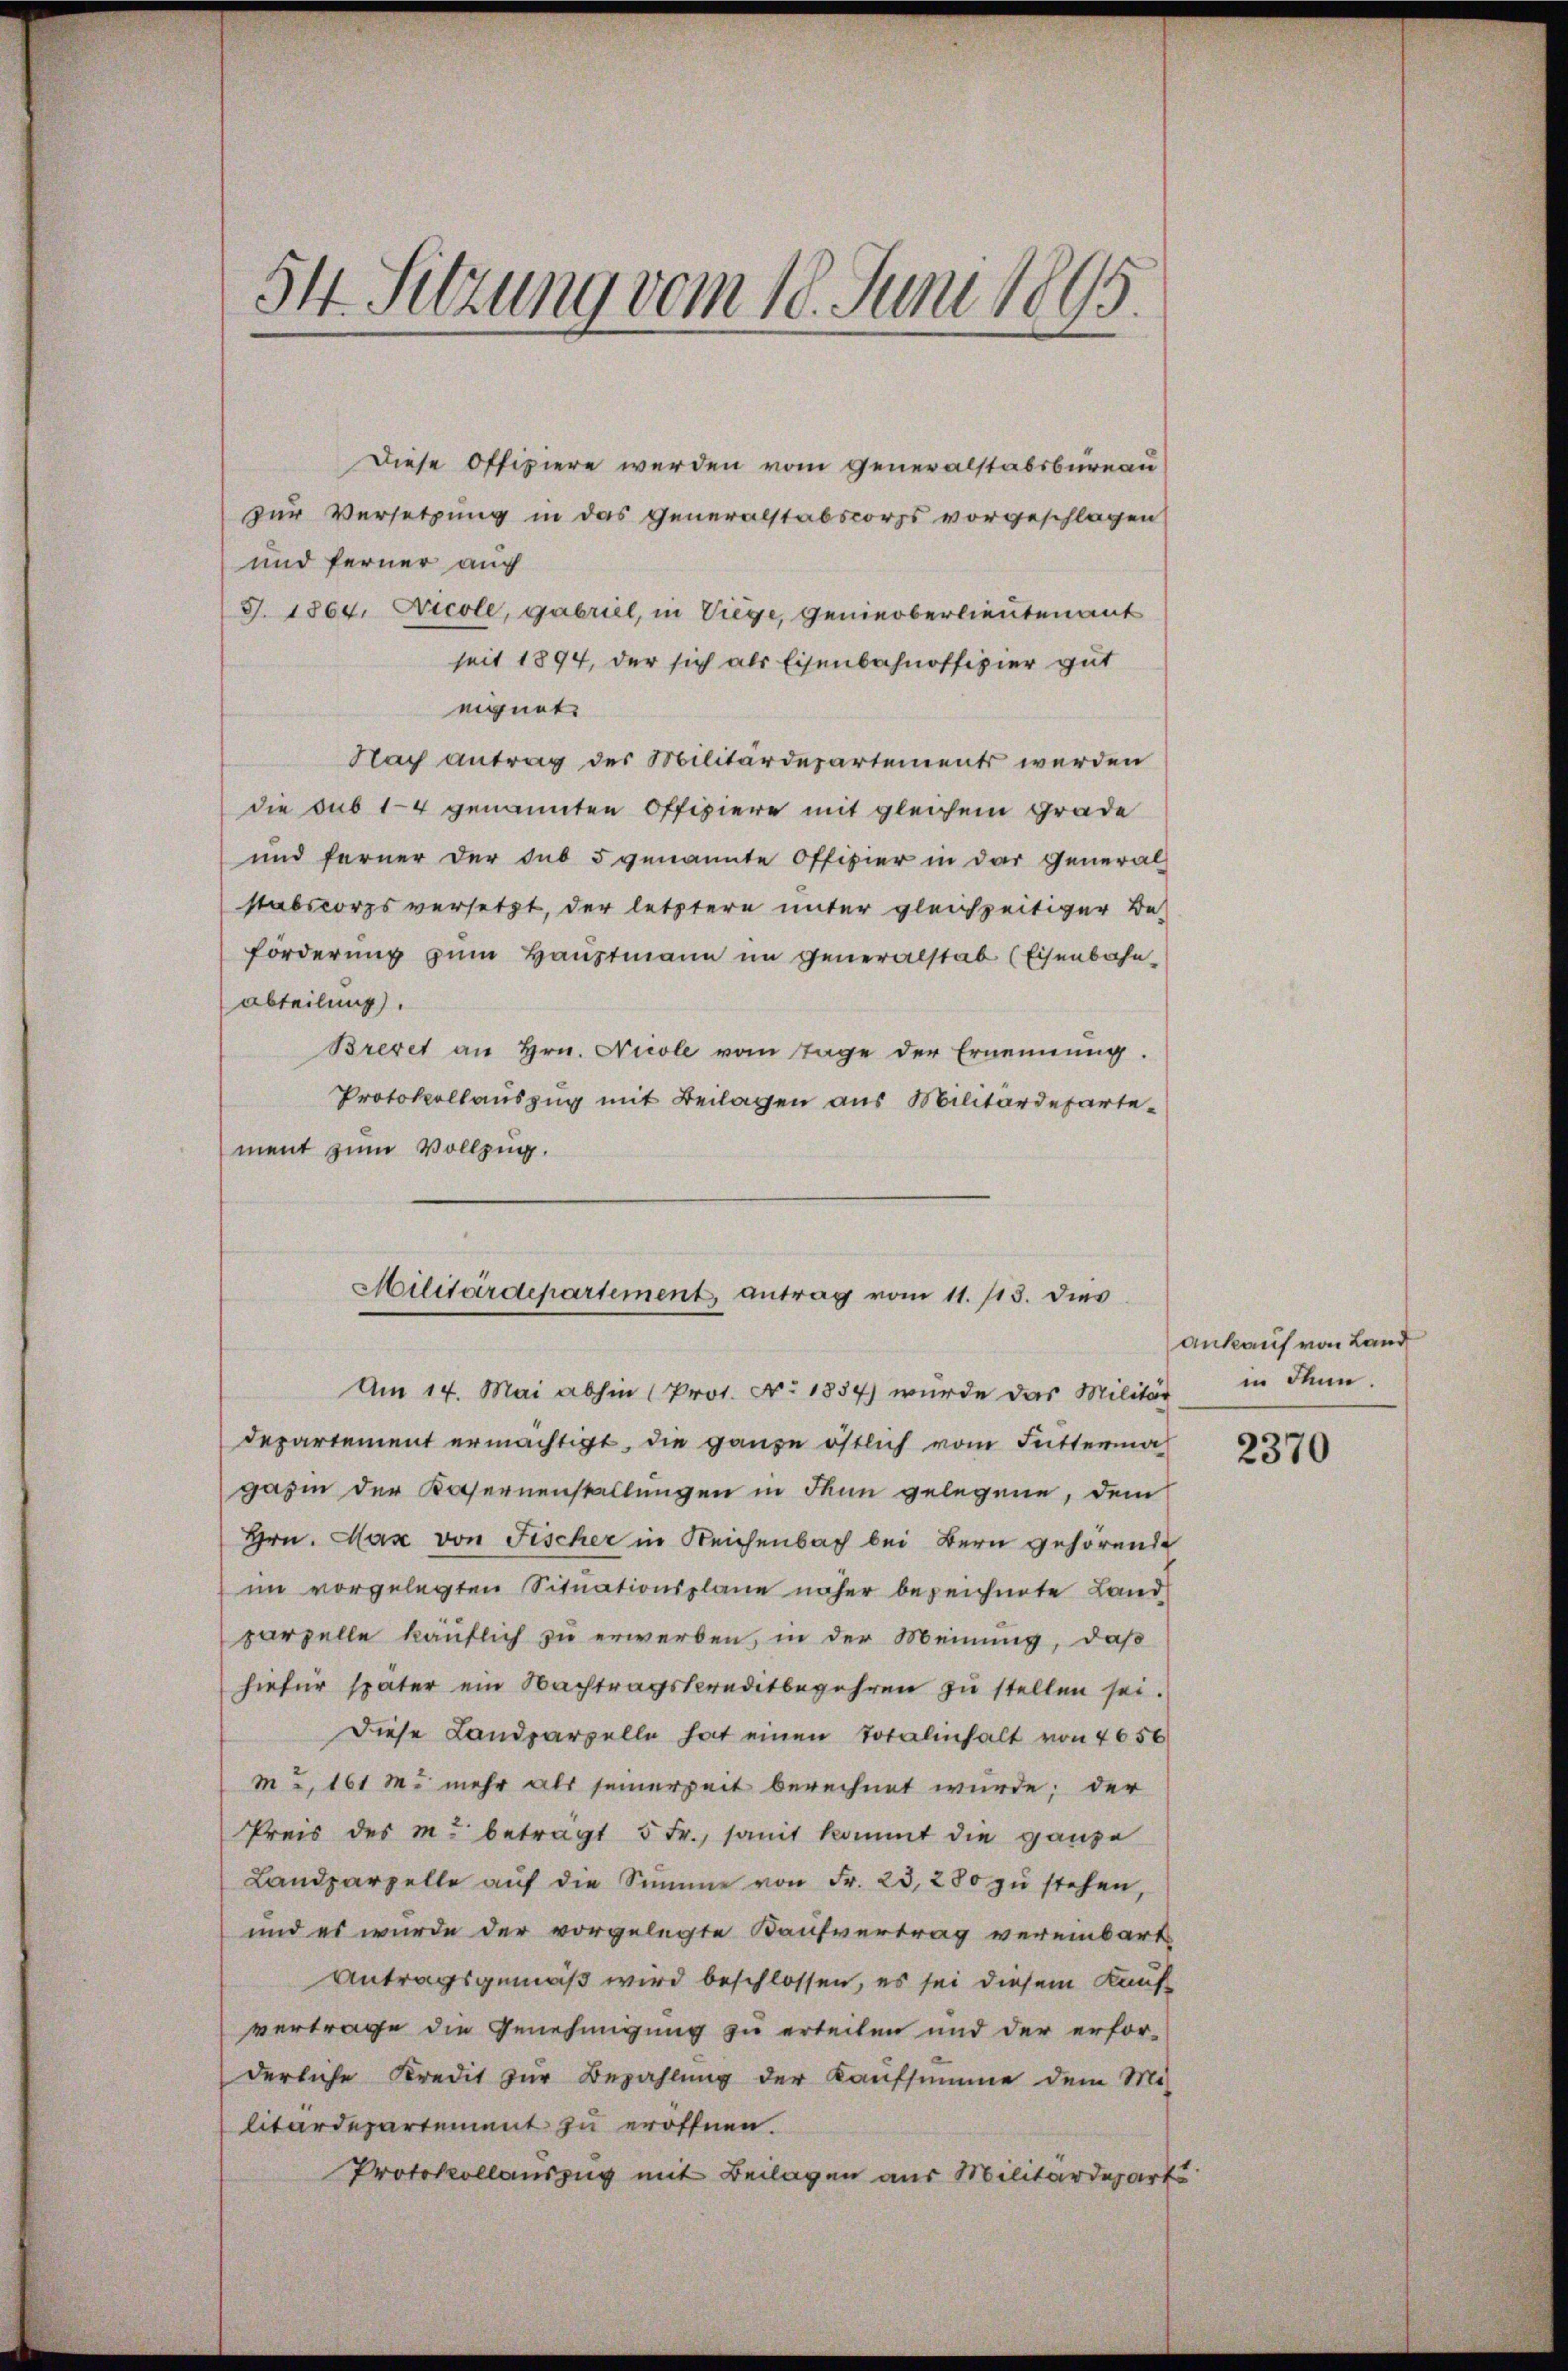
54. Sitzung vom 18. Juni 1895.

Diese Offiziere werden vom Generalstabsbureau
zur Versetzung in das Generalstabscorps vorgeschlagen
und ferner auch
J. 1864. Nicole, gabriel, in Viege, genieoberlieutenant
seit 1894, der sich als Eisenbahnoffizier gut
eignet.
Nach antrag des Militärdepartements werden
die sub 14 genannten Offiziere mit gleichem Grade
und ferner der sub 5 genannte Offizier in der General-
stabscorps versetzt, der letztere unter gleichzeitiger Be-
förderung zŭm Haŭptmann im Generalstab (Eisenbahnabteilung.
Brevet an Hrn. Nicole vom Tage der Ernennung.
Protokollauszug mit Beilagen aus Militärdepartement zum Vollzug.

Militärdepartement, antrag vom 11. 113. dies
Am 14. Mai abhin (Prot. Nr. 1834) wurde das Militär

departement ermächtigt, die ganze östlich vom Futtermal
gazin der Kasernenstellungen in denn gelegene, dem
Hrn. Max von Fischer in Reichenbach bei Bern gehörende
im vorgelegten Situationsplane näher bezeichnete Land
parzelle käuflich zu erwerben, in der Meinung, daß
hiefür später ein Nachtragskreditbegehren zu stellen sei.
Diese Landparzelle hat einen Totalinhalt von 4056
m u. 161 M. mehr als seinerzeit berechnet wurde; der
Preis des M. betragt 5 Fr., somit kommt die ganze
Landparzelle aŭf die Summe von Fr. 23, 280 zu stehen,
und es wurde der vorgelegte Kaufvertrag vereinbart
Antragsgemäß wird beschlossen, es sei diesem Kaufvertrage die Genehmigung zu erteilen und der erfor-
derliche Kredit zur Bezahlung der Kaufsumme dem Mis
litärdepartement zu eröffnen.
Protokollauszug mit Beilagen aus Militärdeparts

ankauf von Land
in Thun.

2370